Vaccination Hyderabad 1890-1903 - 1890-1903
Year: 1890
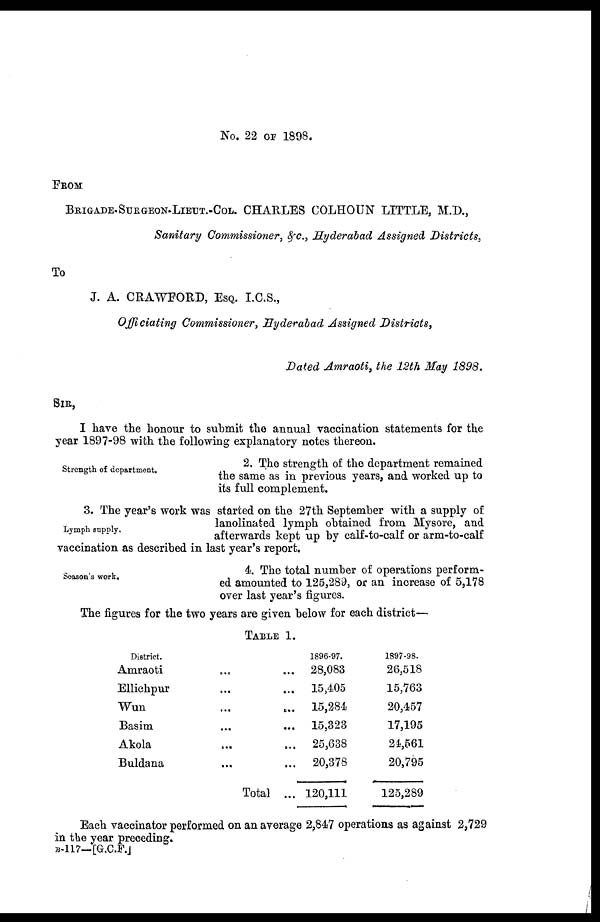
No. 22 OF 1898.
FROM
BRIGADE-SURGEON-LIEUT.-COL. CHARLES COLHOUN LITTLE, M.D.,
Sanitary Commissioner, &c., Hyderabad Assigned Districts,
To
J. A. CRAWFORD, ESQ. I.C.S.,
Officiating Commissioner, Hyderabad Assigned Districts,
Dated Amraoti, the 12th May 1898.
SIR,
I have the honour to submit the annual vaccination statements for the
year 1897-98 with the following explanatory notes thereon.
Strength of department.
2. The strength of the department remained
the same as in previous years, and worked up to
its full complement.
Lymph supply.
3. The year's work was started on the 27th September with a supply of
lanolinated lymph obtained from Mysore, and
afterwards kept up by calf-to-calf or arm-to-calf
vaccination as described in last year's report.
Season's work.
4. The total number of operations perform-
ed amounted to 125,289, or an increase of 5,178
over last year's figures.
The figures for the two years are given below for each district—
TABLE 1.
District.
Amraoti ... ...
Ellichpur ... ...
Wun ... ...
Basim ... ...
Akola ... ...
Buldana ... ...
Total ...
1896-97.
28,083
15,405
15,284
15,323
25,638
20,378
120,111
1897-98.
26,518
15,763
20,457
17,195
24,561
20,795
125,289
Each vaccinator performed on an average 2,847 operations as against 2,729
in the year preceding.
B-117—[G.C.F.]